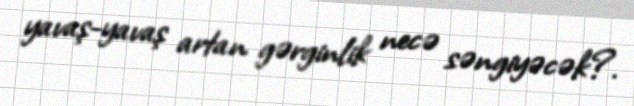
yavaş-yavaş artan gərginlik necə səngiyəcək?.